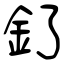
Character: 釕